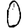
Digit: 0